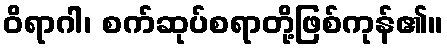
ဝိရာဂါ၊ စက်ဆုပ်စရာတို့ဖြစ်ကုန်၏။